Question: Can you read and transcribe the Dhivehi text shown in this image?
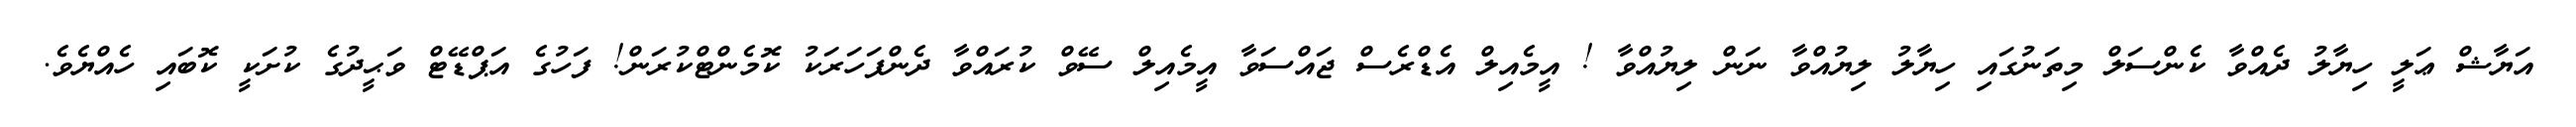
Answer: އަޔާޝް ޢަލީ ހިޔާލު ދެއްވާ ކެންސަލް މިތަނުގައި ހިޔާލު ލިޔުއްވާ ނަން ލިޔުއްވާ ! އީމެއިލް އެޑްރެސް ޖައްސަވާ އީމެއިލް ސޭވް ކުރައްވާ ދެންފަހަރަކު ކޮމެންޓްކުރަން! ފަހުގެ އަޕްޑޭޓް ވަޙީދުގެ ކުށަކީ ކޮބައި ހެއްޔެވެ.